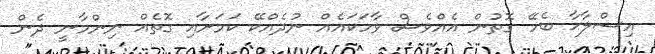
އިސްލާޙާ ބެހޭ ގޮތުން އެއްވެސް ވާހަކައެއް ނުދެއްކޭ ކަމަށާއި ގޮތެއް ނިންމާނީ ދެން